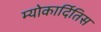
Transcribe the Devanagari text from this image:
म्योकार्दितिस